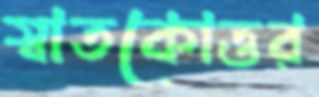
স্বাতকোত্তর